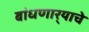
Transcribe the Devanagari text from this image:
बांधणार्‍याचे